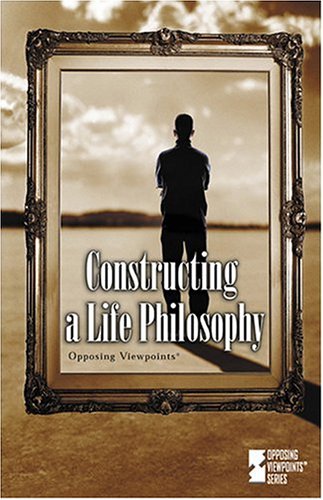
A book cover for Opposing Viewpoints Series - Constructing a Life Philosophy (hardcover edition); Teen & Young Adult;